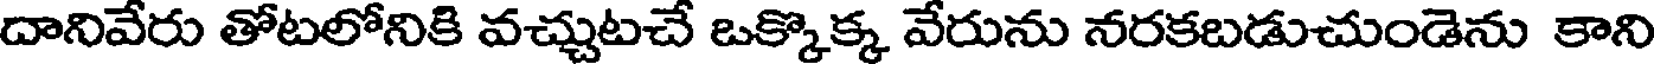
దానివేరు తోటలోనికి వచ్చుటచే ఒక్కొక్క వేరును నరకబడుచుండెను కాని